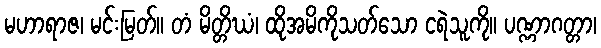
မဟာရာဇ၊ မင်းမြတ်။ တံ မိတ္တိဃံ၊ ထိုအမိကိုသတ်သော ငရဲသူကို။ ပဏ္ဏာဂတ္တာ၊